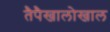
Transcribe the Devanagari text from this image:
तैपैखालोखाल